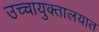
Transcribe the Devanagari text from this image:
उच्चायुक्तालयात